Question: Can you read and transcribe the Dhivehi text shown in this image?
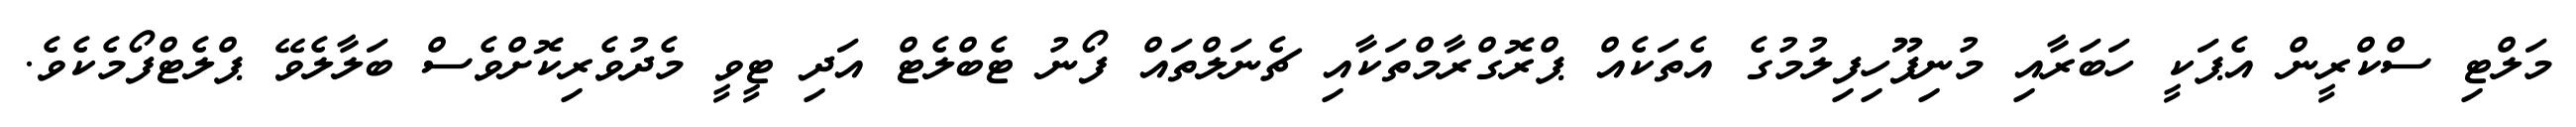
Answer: މަލްޓި ސްކްރީން އެޕަކީ ހަބަރާއި މުނިފޫހިފިލުމުގެ އެތަކެއް ޕްރޮގްރާމްތަކާއި ޗެނަލްތައް ފޯނު ޓެބްލެޓް އަދި ޓީވީ މެދުވެރިކޮށްވެސް ބަލާލެވޭ ޕްލެޓްފޯމެކެވެ.